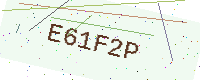
Text: E61F2P